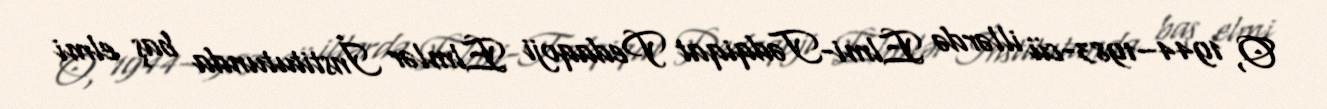
O, 1944–1983-cü illərdə Elmi-Tədqiqat Pedaqoji Elmlər İnstitutunda baş elmi